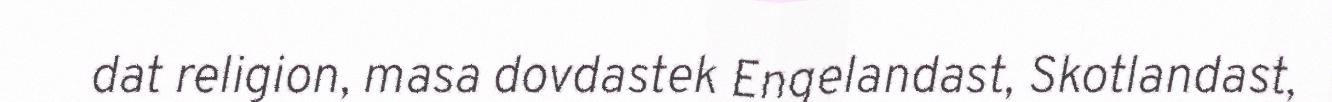
dat religion, masa dovdastek Engelandast, Skotlandast,